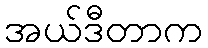
အယ်ဒီတာက